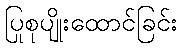
ပြုစုပျိုးထောင်ခြင်း